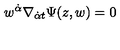
w ^ { { \dot { \alpha } } } \nabla _ { { \dot { \alpha } } t } \Psi ( z , w ) = 0